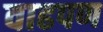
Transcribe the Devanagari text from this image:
वाढपण